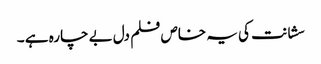
سشانت کی یہ خاص فلم دل بے چارہ ہے ۔